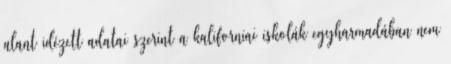
alant idézett adatai szerint a kaliforniai iskolák egyharmadában nem